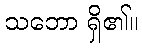
သဘော ရှိ၏။